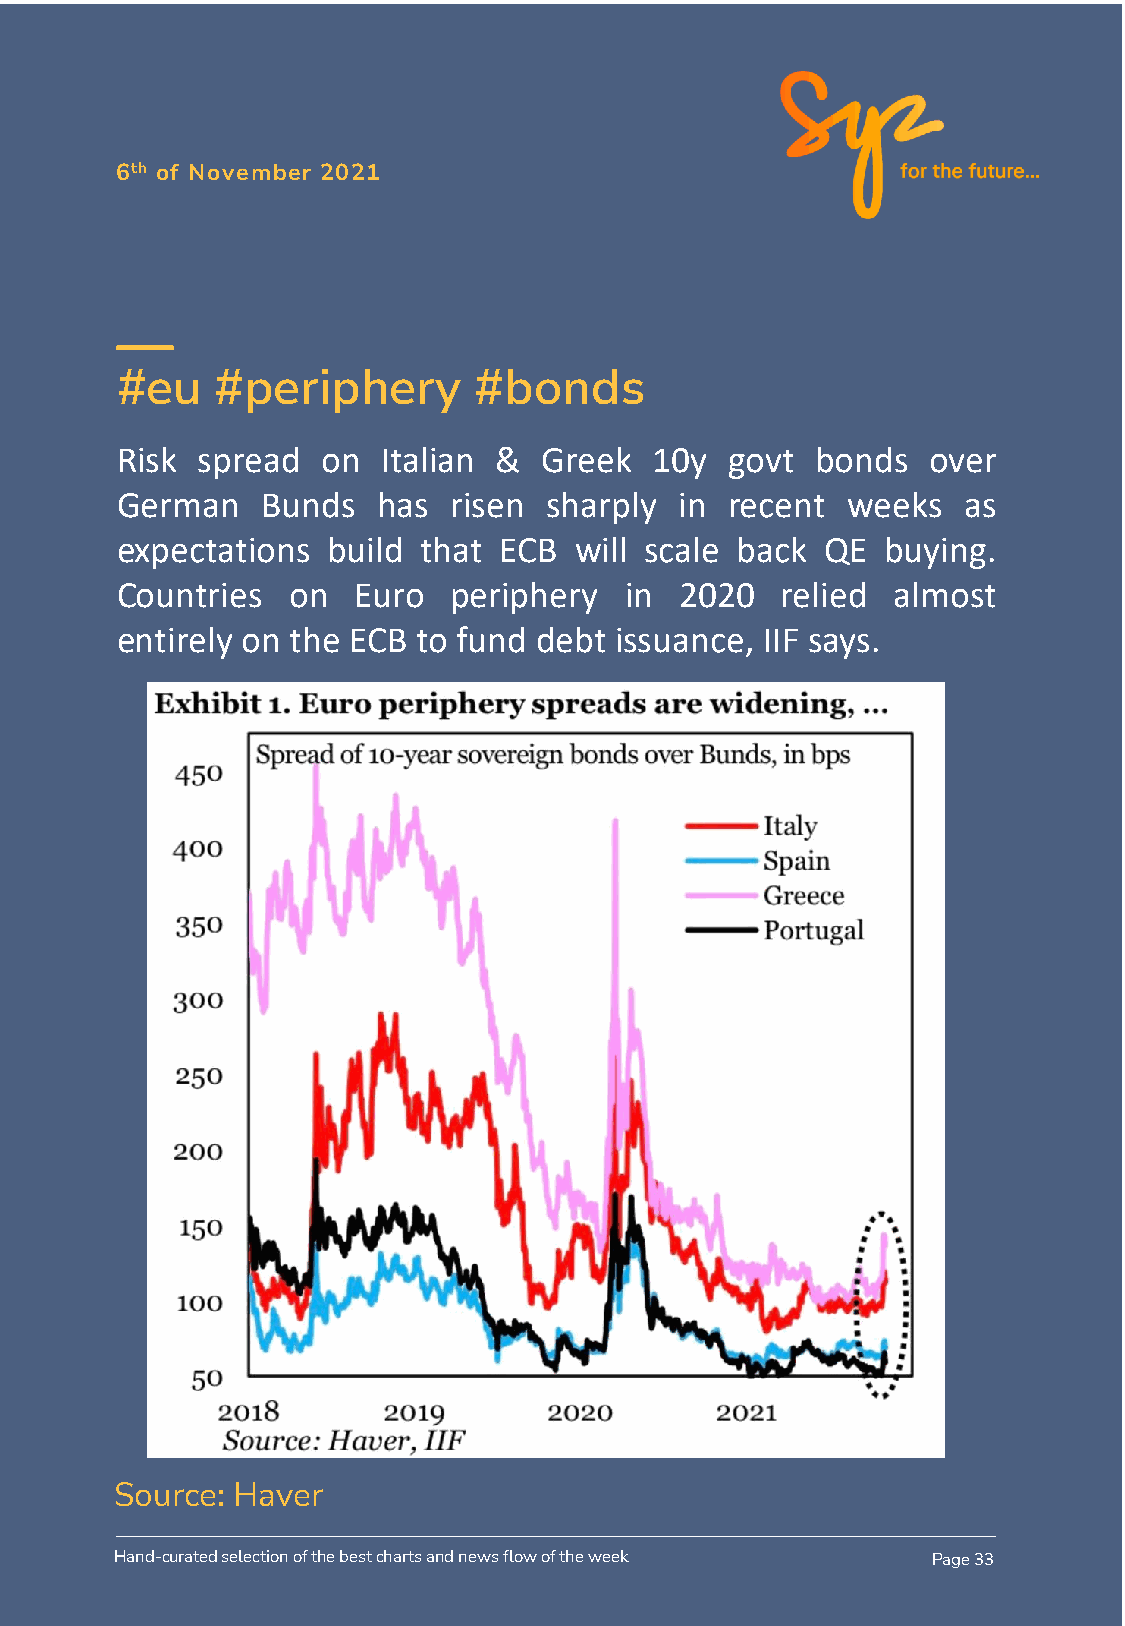
6th of November 2021
 #eu   #periphery       #bonds
 Risk spread  on  Italian &  Greek  10y  govt  bonds  over
 German   Bunds   has  risen sharply  in recent  weeks   as
 expectations  build that ECB  will scale back  QE  buying.
 Countries  on  Euro   periphery  in  2020   relied almost
 entirely on the ECB to fund debt issuance, IIF says.
 Source: Haver
 Hand-curated selection of the best charts and news flow of the week Page 33